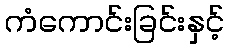
ကံကောင်းခြင်းနှင့်